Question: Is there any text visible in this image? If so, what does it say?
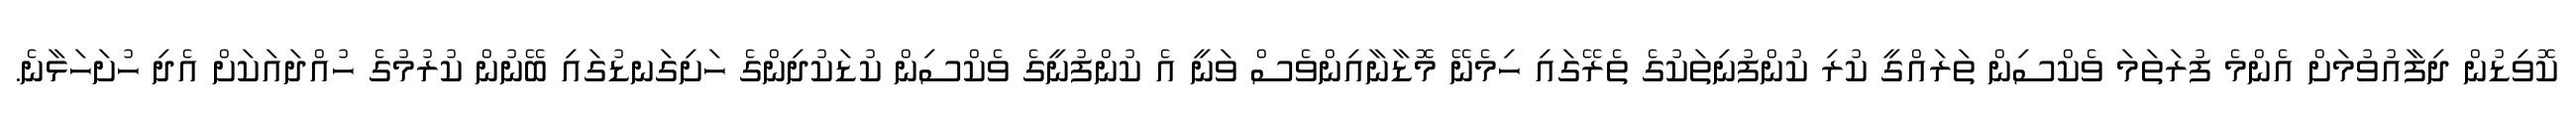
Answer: ކޮވިޑުން ދިފާއުވުމަށް އެންމެ ފުރަތަމަ ވެކްސިން ތަރައްގީ ކުރި ކުންފުނިތަކުގެ ތެރޭގައި ހިމެނޭ މޮޑާނާއިންވެސް ވަނީ އެ ކުންފުނީގެ ވެކްސިން ކުޑަކުދިންގެ ހަށިގަނޑުގައި ބޭނުން ކުރުމުގެ ހުއްދައަކަށް އެދި ހުށަހަޅާނެ.